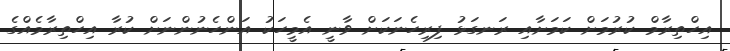
އިހްތިރާމް ކުރުމަށް ކަމަށާއި ރަނގަޅު ފިރިހެނަކަށް ވާނީ އެމީހަކު އަންހެނުންނަށް ކުރާ އިހްތިރާމެއްގެ